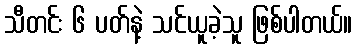
သီတင်း ၆ ပတ်နဲ့ သင်ယူခဲ့သူ ဖြစ်ပါတယ်။